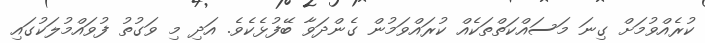
ކުރެއްވުމަށް ގިނަ މަސައްކަތްތަކެއް ކުރައްވަމުން ގެންދަވާ ބޭފުޅެކެވެ. އަދި މި ވަގުތު ފުވައްމުލަކުގައި